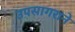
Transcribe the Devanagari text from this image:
उपसागराने